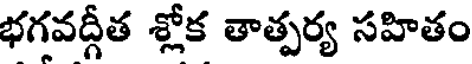
భగవద్గీత శ్లోక తాత్పర్య సహితం